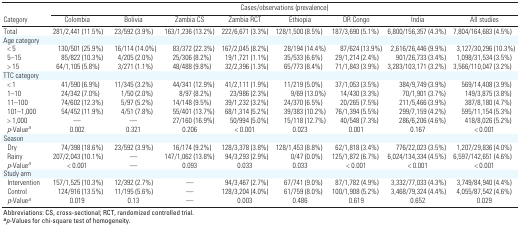
<table><thead><tr><td rowspan="2"><b>Category</b></td><td colspan="8"><b>Cases/observations (prevalence)</b></td></tr><tr><td><b>Colombia</b></td><td><b>Bolivia</b></td><td><b>Zambia CS</b></td><td><b>Zambia RCT</b></td><td><b>Ethiopia</b></td><td><b>DR Congo</b></td><td><b>India</b></td><td><b>All studies</b></td></tr></thead><tbody><tr><td><b>Total</b></td><td>281/2,441 (11.5%)</td><td>23/592 (3.9%)</td><td>163/1,236 (13.2%)</td><td>222/6,671 (3.3%)</td><td>128/1,500 (8.5%)</td><td>187/3,690 (5.1%)</td><td>6,800/156,357 (4.3%)</td><td>7,804/164,683 (4.5%)</td></tr><tr><td><b>Age category</b></td></tr><tr><td><b>&lt; 5</b></td><td>130/501 (25.9%)</td><td>16/114 (14.0%)</td><td>83/372 (22.3%)</td><td>167/2,045 (8.2%)</td><td>28/194 (14.4%)</td><td>87/624 (13.9%)</td><td>2,616/26,446 (9.9%)</td><td>3,127/30,296 (10.3%)</td></tr><tr><td><b>5–15</b></td><td>85/822 (10.3%)</td><td>4/205 (2.0%)</td><td>25/306 (8.2%)</td><td>19/1,721 (1.1%)</td><td>35/533 (6.6%)</td><td>29/1,214 (2.4%)</td><td>901/26,733 (3.4%)</td><td>1,098/31,534 (3.5%)</td></tr><tr><td><b>&gt; 15</b></td><td>64/1,105 (5.8%)</td><td>3/271 (1.1%)</td><td>48/488 (9.8%)</td><td>32/2,396 (1.3%)</td><td>65/773 (8.4%)</td><td>71/1,843 (3.9%)</td><td>3,283/103,171 (3.2%)</td><td>3,566/110,047 (3.2%)</td></tr><tr><td><b>TTC category</b></td></tr><tr><td><b>&lt; 1</b></td><td>41/590 (6.9%)</td><td>11/345 (3.2%)</td><td>44/341 (12.9%)</td><td>41/2,111 (1.9%)</td><td>11/219 (5.0%)</td><td>37/1,053 (3.5%)</td><td>384/9,749 (3.9%)</td><td>569/14,408 (3.9%)</td></tr><tr><td><b>1–10</b></td><td>24/342 (7.0%)</td><td>1/50 (2.0%)</td><td>8/97 (8.2%)</td><td>23/986 (2.3%)</td><td>9/69 (13.0%)</td><td>14/430 (3.3%)</td><td>70/1,901 (3.7%)</td><td>149/3,875 (3.8%)</td></tr><tr><td><b>11–100</b></td><td>74/602 (12.3%)</td><td>5/97 (5.2%)</td><td>14/148 (9.5%)</td><td>39/1,232 (3.2%)</td><td>24/370 (6.5%)</td><td>20/265 (7.5%)</td><td>211/5,466 (3.9%)</td><td>387/8,180 (4.7%)</td></tr><tr><td><b>101–1,000</b></td><td>54/452 (11.9%)</td><td>4/51 (7.8%)</td><td>55/401 (13.7%)</td><td>68/1,314 (5.2%)</td><td>39/383 (10.2%)</td><td>76/1,394 (5.5%)</td><td>299/7,159 (4.2%)</td><td>595/11,154 (5.3%)</td></tr><tr><td><b>&gt; 1,000</b></td><td>—</td><td>—</td><td>27/160 (16.9%)</td><td>50/994 (5.0%)</td><td>15/118 (12.7%)</td><td>40/548 (7.3%)</td><td>286/6,206 (4.6%)</td><td>418/8,026 (5.2%)</td></tr><tr><td><b><i>p</i>-Value<sup><i>a</i></sup></b></td><td>0.002</td><td>0.321</td><td>0.206</td><td>&lt; 0.001</td><td>0.023</td><td>0.001</td><td>0.167</td><td>&lt; 0.001</td></tr><tr><td><b>Season</b></td></tr><tr><td><b>Dry</b></td><td>74/398 (18.6%)</td><td>23/592 (3.9%)</td><td>16/174 (9.2%)</td><td>128/3,378 (3.8%)</td><td>128/1,453 (8.8%)</td><td>62/1,818 (3.4%)</td><td>776/22,023 (3.5%)</td><td>1,207/29,836 (4.0%)</td></tr><tr><td><b>Rainy</b></td><td>207/2,043 (10.1%)</td><td>—</td><td>147/1,062 (13.8%)</td><td>94/3,293 (2.9%)</td><td>0/47 (0.0%)</td><td>125/1,872 (6.7%)</td><td>6,024/134,334 (4.5%)</td><td>6,597/142,651 (4.6%)</td></tr><tr><td><b><i>p</i>-Value<sup><i>a</i></sup></b></td><td>&lt; 0.001</td><td>—</td><td>0.093</td><td>0.033</td><td>0.033</td><td>&lt; 0.001</td><td>&lt; 0.001</td><td>&lt; 0.001</td></tr><tr><td><b>Study arm</b></td></tr><tr><td><b>Intervention</b></td><td>157/1,525 (10.3%)</td><td>12/392 (2.7%)</td><td>—</td><td>94/3,467 (2.7%)</td><td>67/741 (9.0%)</td><td>87/1,782 (4.9%)</td><td>3,332/77,033 (4.3%)</td><td>3,749/84,940 (4.4%)</td></tr><tr><td><b>Control</b></td><td>124/916 (13.5%)</td><td>11/195 (5.6%)</td><td>—</td><td>128/3,204 (4.0%)</td><td>61/759 (8.0%)</td><td>100/1,908 (5.2%)</td><td>3,468/79,324 (4.4%)</td><td>4,055/87,542 (4.6%)</td></tr><tr><td><b><i>p</i>-Value<sup><i>a</i></sup></b></td><td>0.019</td><td>0.13</td><td>—</td><td>0.003</td><td>0.486</td><td>0.619</td><td>0.652</td><td>0.029</td></tr><tr><td colspan="9">Abbreviations: CS, cross-sectional; RCT, randomized controlled trial. <sup><i><b>a</b></i></sup><i>p</i>-Values for chi-square test of homogeneity. </td></tr></tbody></table>